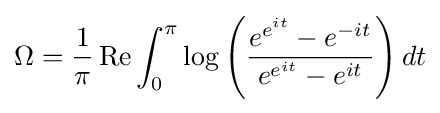
\Omega ={\frac {1}{\pi }}\operatorname {Re} \int _{0}^{\pi }\log \left({\frac {e^{e^{it}}-e^{-it}}{e^{e^{it}}-e^{it}}}\right)dt